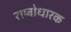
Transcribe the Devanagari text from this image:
राष्ट्रोधारक